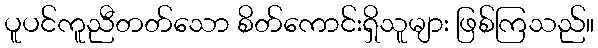
ပူပင်ကူညီတတ်သော စိတ်ကောင်းရှိသူများ ဖြစ်ကြသည်။